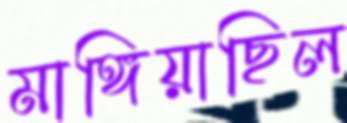
মাঙ্গিয়াছিল